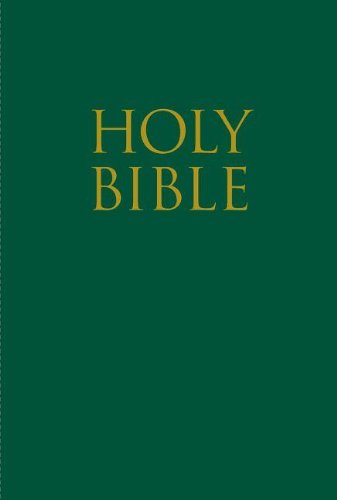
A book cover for Teeny Tiny Bible; Zonderkidz; Children's Books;